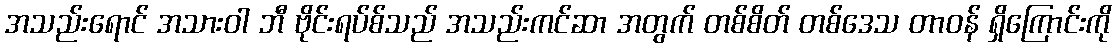
အသည်းရောင် အသားဝါ ဘီ ဗိုင်းရပ်စ်သည် အသည်းကင်ဆာ အတွက် တစ်စိတ် တစ်ဒေသ တာဝန် ရှိကြောင်းကို